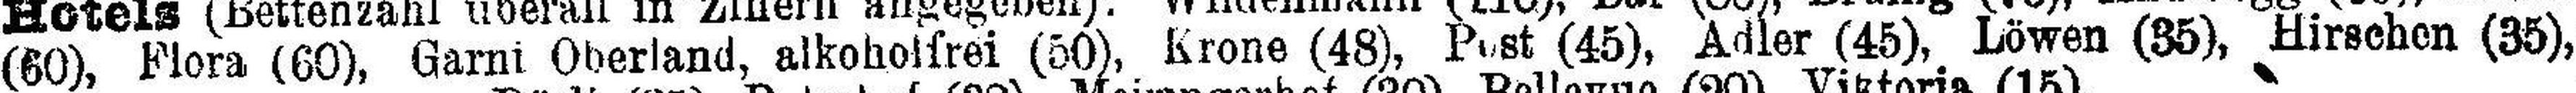
(60), Flora (60), Garni Oberland, alkoholfrei (50), Krone (48), Post (45), Adler (45), Löwen (35), Hirschen (35), Hirschen (35),